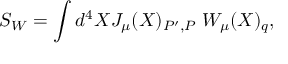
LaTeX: S _ { W } = \int d ^ { 4 } X J _ { \mu } ( X ) _ { P ^ { \prime } , P } \; W _ { \mu } ( X ) _ { q } ,